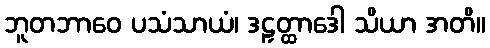
ဘူတဘာဝေ ပသံသာယံ၊ ဒဠှတ္ထာဒေါ သိယာ အတိ။